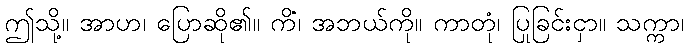
ဤသို့။ အာဟ၊ ပြောဆို၏။ ကိံ၊ အဘယ်ကို။ ကာတုံ၊ ပြုခြင်းငှာ။ သက္ကာ၊